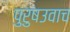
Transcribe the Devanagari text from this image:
पुरुषउवाच